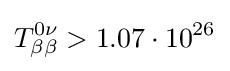
T_{\beta \beta }^{0\nu }>1.07\cdot 10^{26}